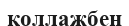
коллажбен